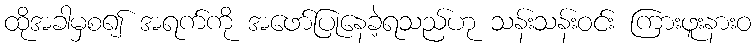
ထိုအခါမှစ၍ အရက်ကို အဖော်ပြုနေခဲ့ရသည်ဟု သန်းသန်းဝင်း ကြားဖူးနားဝ